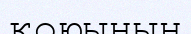
қоюының